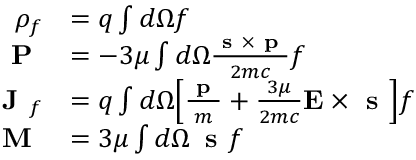
\begin{array} { r l } { \rho _ { f } } & { = q \int d \Omega f } \\ { \textbf { P } } & { = - 3 \mu \int d \Omega \frac { \textbf { s } \times \textbf { p } } { 2 m c } f } \\ { \textbf { J } _ { f } } & { = q \int d \Omega \Big [ \frac { \textbf { p } } { m } + \frac { 3 \mu } { 2 m c } \mathbf { E } \times \textbf { s } \Big ] f } \\ { \textbf { M } } & { = 3 \mu \int d \Omega \, \textbf { s } f } \end{array}